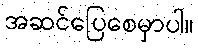
အဆင်ပြေစေမှာပါ။